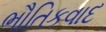
ભૌતિકવાદ